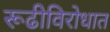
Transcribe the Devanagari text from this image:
रूढीविरोधात